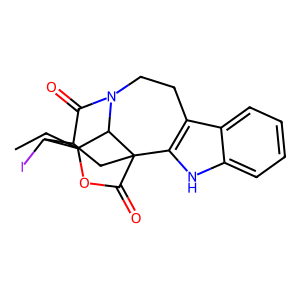
SMILES: CCC12OC(=O)C34CC(C(=O)N(CCc5c3[nH]c3ccccc53)C41)C2I
Inhibits HIV replication: No